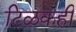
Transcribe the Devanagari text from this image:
टिळकही